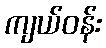
ကျယ်ဝန်း